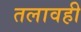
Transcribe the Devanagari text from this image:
तलावही